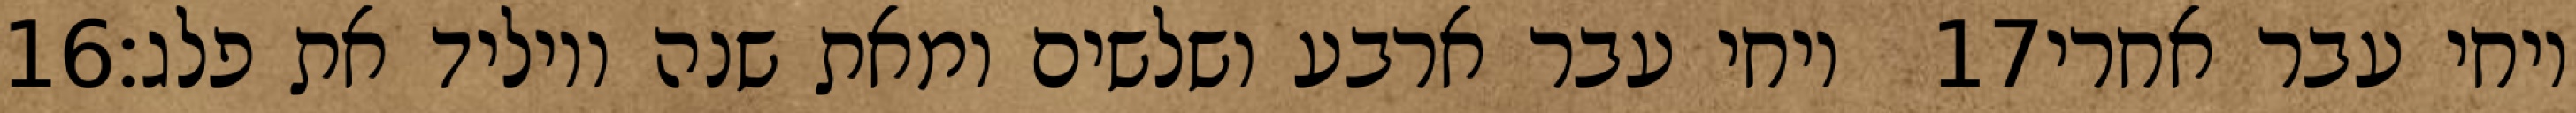
‎16‏ ויחי עבר ארבע ושלשים ומאת שנה ויוליד את פלג׃ ‎17‏ ויחי עבר אחרי